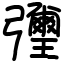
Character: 㣆